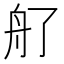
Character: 䑠